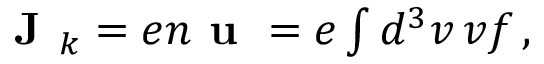
\begin{array} { r } { \textbf { J } _ { k } = e n \textbf { u } = e \int d ^ { 3 } v \, \boldsymbol { v } f \, , } \end{array}